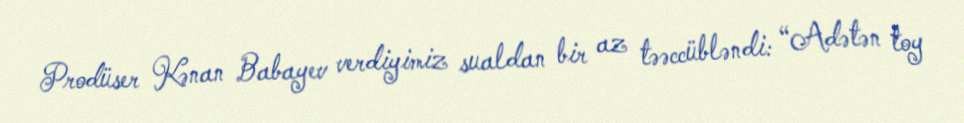
Prodüser Kənan Babayev verdiyimiz sualdan bir az təəccübləndi: “Adətən toy